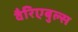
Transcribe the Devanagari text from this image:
वैरिएबुल्स